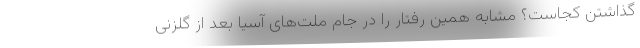
گذاشتن کجاست؟ مشابه همین رفتار را در جام ملت‌های آسیا بعد از گلزنی